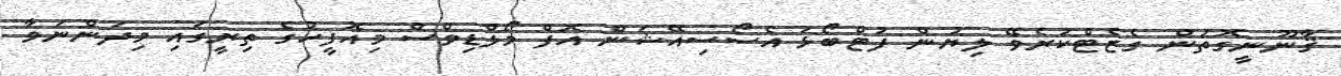
ޤާނޫނީގޮތުން ގެޒެޓްކުރެވޭ ލިޔުން ފުޓްބޯޅަ އެސޯސިއޭޝަން އޮފް މޯލްޑިވްސް މިއޮފީހުގެ ތިރީގައި މިދަންނަވާ